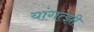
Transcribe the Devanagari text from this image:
यांगत्झी